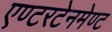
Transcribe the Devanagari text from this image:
एण्टरटेनमेण्ट